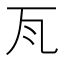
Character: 𭺛